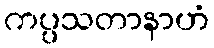
ကပ္ပသတာနာဟံ